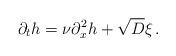
LaTeX: \begin{align*}\partial_t h = \nu \partial_x^2 h +\sqrt{D}\xi\,.\end{align*}